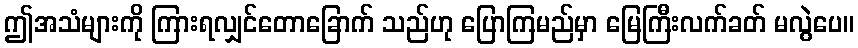
ဤအသံများကို ကြားရလျှင်တောခြောက် သည်ဟု ပြောကြမည်မှာ မြေကြီးလက်ခတ် မလွဲပေ။